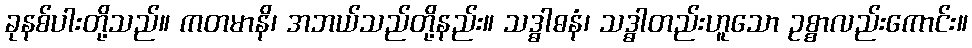
ခုနစ်ပါးတို့သည်။ ကတမာနိ၊ အဘယ်သည်တို့နည်း။ သဒ္ဓါဓနံ၊ သဒ္ဓါတည်းဟူသော ဥစ္စာလည်းကောင်း။